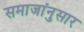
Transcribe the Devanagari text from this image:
समाजांनुसार